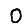
Digit: 0